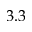
3 . 3